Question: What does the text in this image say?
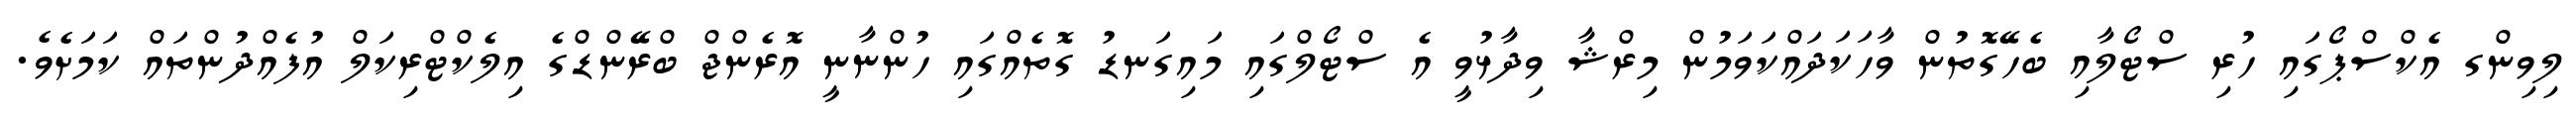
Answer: ލިވިންގ އެކްސްޕޯގައި ހުރި ސްޓޯލާއި ބެހޭގޮތުން ވާހަކަދައްކަވަމުން މިރްޝާ ވިދާޅުވީ އެ ސްޓޯލްގައި މައިގަނޑު ގޮތެއްގައި ހުންނާނީ އޮރެންޖް ބްރޭންޑްގެ އިލެކްޓްރިކަލް އުފެއްދުންތައް ކަމަށެވެ.